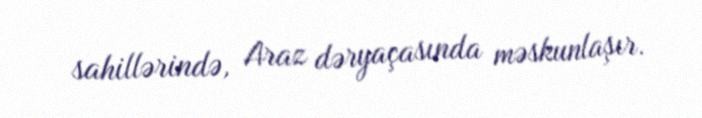
sahillərində, Araz dəryaçasında məskunlaşır.